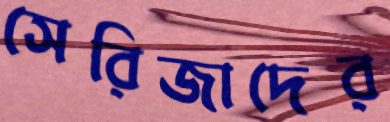
সেরিজাদের